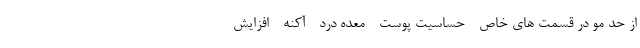
از حد مو در قسمت های خاص - حساسیت پوست - معده درد - آکنه - افزایش